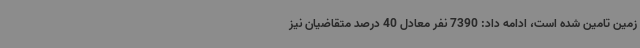
زمین تامین شده است، ادامه داد: 7390 نفر معادل 40 درصد متقاضیان نیز